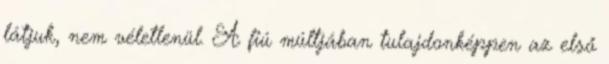
látjuk, nem véletlenül. A fiú múltjában tulajdonképpen az első